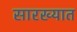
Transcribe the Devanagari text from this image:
सारख्यात